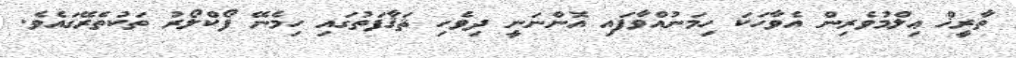
ތާރީޚް ޢިލްމުވެރިން އެވާހަކަ ހިމަނުއްވާފައި އޮންނަނީ ދިވެހި ޘަޤާފަތުގައި ހިމެނޭ ފޯކްލޯރު ތަކުތެރޭގައެވެ.